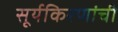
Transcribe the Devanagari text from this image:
सूर्यकिरणांची